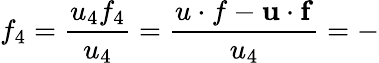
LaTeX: f_{4}=\frac{u_{4}f_{4}}{u_{4}}=\frac{u\cdot f-\mathbf{u}\cdot\mathbf{f}}{u_{4}}=-